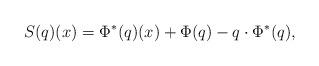
LaTeX: \begin{align*} S(q)(x) = \Phi^*(q)(x) + \Phi(q) - q\cdot\Phi^*(q),\end{align*}